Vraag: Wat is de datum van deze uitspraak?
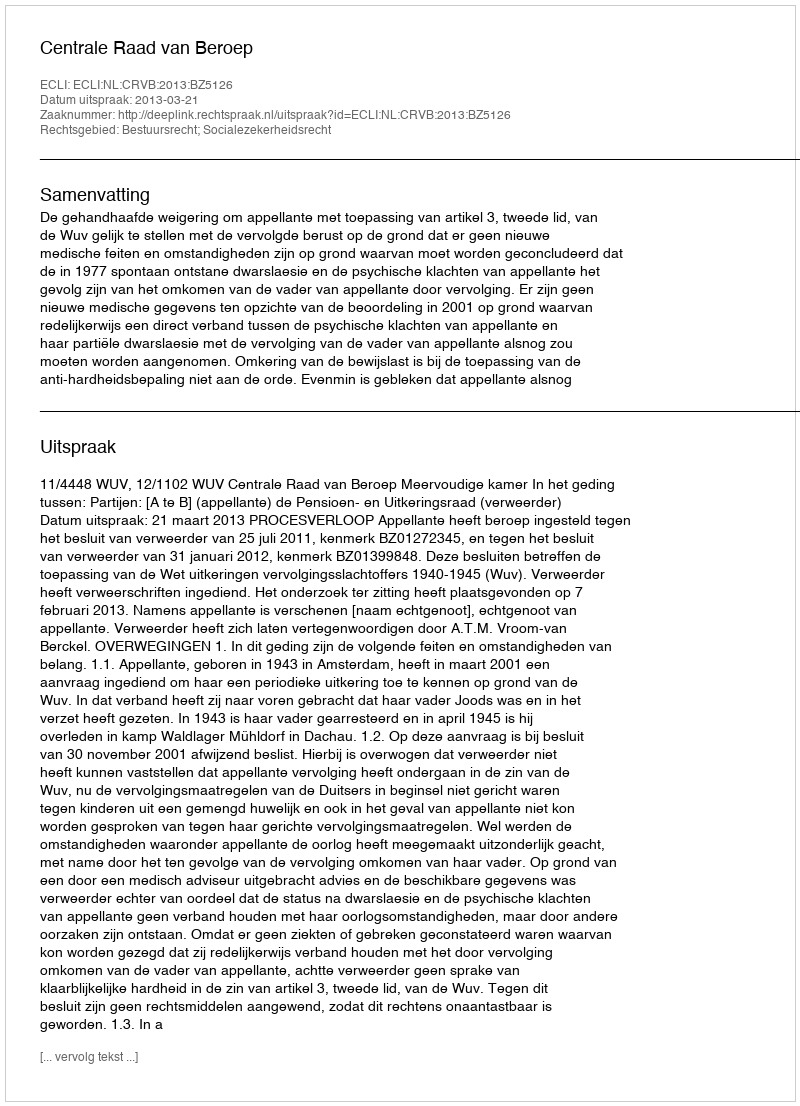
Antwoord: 2013-03-21